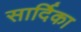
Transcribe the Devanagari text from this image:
सार्दिका